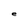
Character: e